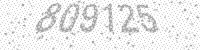
Solution: 809125